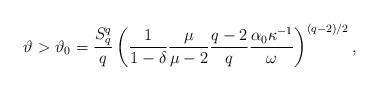
LaTeX: \begin{align*} \vartheta>\vartheta_{0}=\frac{S_{q}^{q}}{q}\left(\frac{1}{1-\delta}\frac{\mu}{\mu-2}\frac{q-2}{q}\frac{\alpha_{0}\kappa^{-1}}{\omega}\right)^{(q-2)/2}, \end{align*}